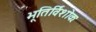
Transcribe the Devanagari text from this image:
भूतिर्विशोकः